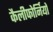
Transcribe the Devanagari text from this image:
कैलीफोर्नियो